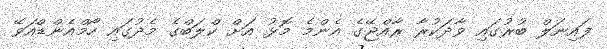
ފައިނަލް ބުރުގައި ވާދަކުރާ ރާއްޖޭގެ އެންމެ މޮޅު އަށް ކްލަބްގެ މެދުގައި ހޯމްއެންޑްއަވޭ